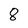
Character: 8